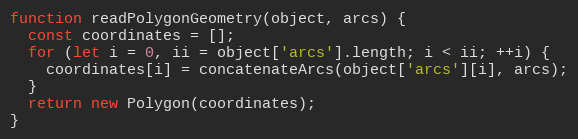
Language: JavaScript
function readPolygonGeometry(object, arcs) {
  const coordinates = [];
  for (let i = 0, ii = object['arcs'].length; i < ii; ++i) {
    coordinates[i] = concatenateArcs(object['arcs'][i], arcs);
  }
  return new Polygon(coordinates);
}